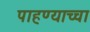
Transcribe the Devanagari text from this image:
पाहण्याच्चा